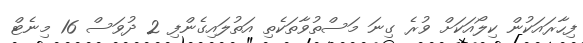
ފިހާރައަކުން ކިލޯއަކަށް ވުރެ ގިނަ މަސްތުވާތަކެތި އަތުލައިގެންފި 2 ދުވަސް 16 މިނެޓް